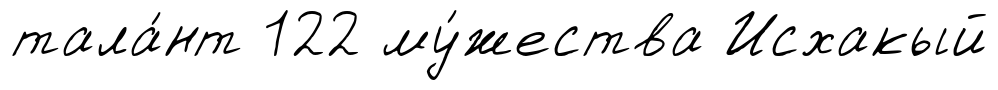
тала́нт 122 му́жества Исхакый